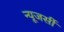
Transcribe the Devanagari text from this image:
न्‍यूजर्सी